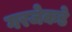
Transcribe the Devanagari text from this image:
गरजेकडे